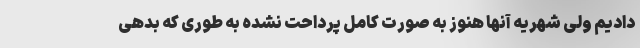
دادیم ولی شهریه آنها هنوز به صورت کامل پرداحت نشده به طوری که بدهی